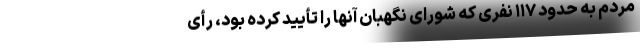
مردم به حدود ۱۱۷ نفری که شورای نگهبان آنها را تأیید کرده بود، رأی